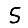
Digit: 5